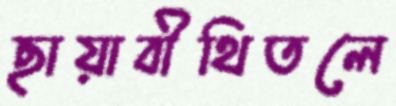
ছায়াবীথিতলে